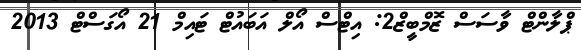
ޕްލާންޓް ވާސަސް ޒޮމްބީޒް2: އިޓްސް އޯލް އަބައުޓް ޓައިމް 21 އޯގަސްޓް 2013